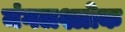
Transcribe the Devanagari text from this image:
मंगलश्लोक